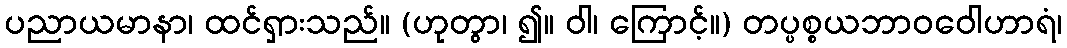
ပညာယမာနာ၊ ထင်ရှားသည်။ (ဟုတွာ၊ ၍။ ဝါ၊ ကြောင့်။) တပ္ပစ္စယဘာဝဝေါဟာရံ၊